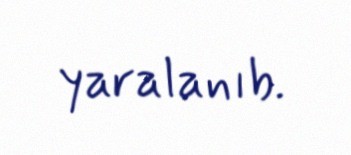
yaralanıb.